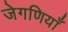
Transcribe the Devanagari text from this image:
जेगणियाँ